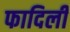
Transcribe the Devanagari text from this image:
फादिली